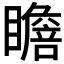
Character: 𱳐